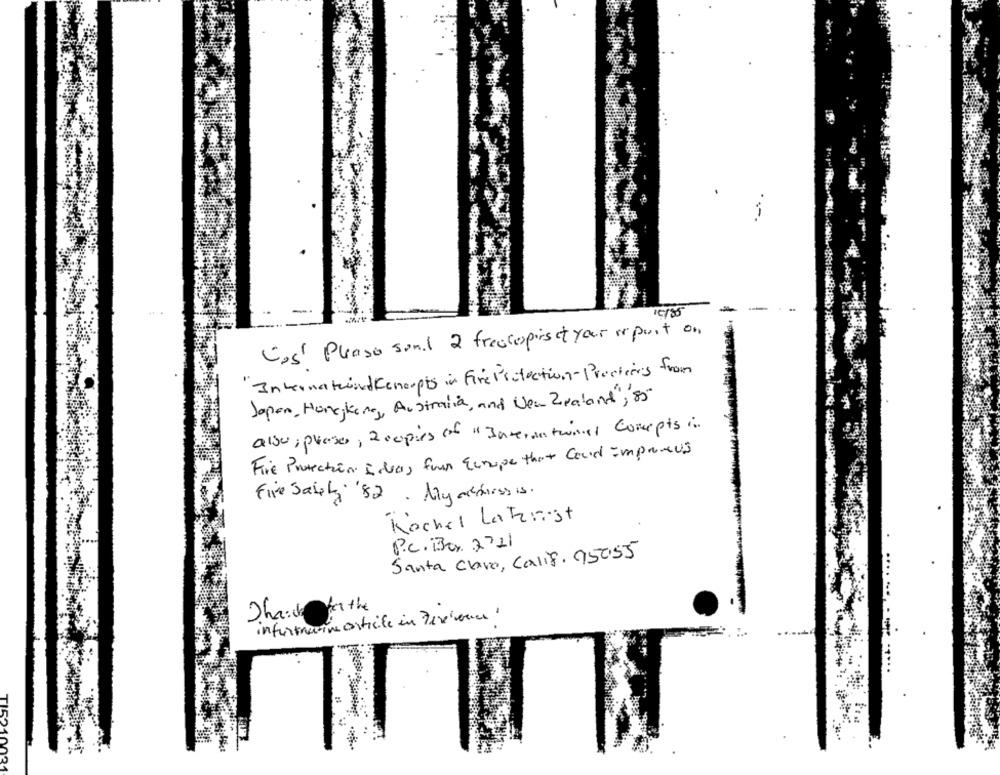
-
Cos' Please send a freecopies of your report on
"International Keneopts in Fire Protection - Precious from
Japan, Hongkong, Australia, and New Zealand", 8"
also, please, 2copies of " Interontwinal Comepts in
Fire Protection Ideas for Europe that Could Improveus
Five Sally '82. My ardfirst is.
Köchel Lahrest
P.C. Box 2721
Santa Clave, Calif. 95055
Thanks for the
informative article in Zeronce '